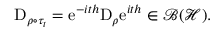
\mathrm { D } _ { \rho \circ \tau _ { t } } = \mathrm { e } ^ { - i t h } \mathrm { D } _ { \rho } \mathrm { e } ^ { i t h } \in \mathcal { B } ( \mathcal { H } ) .